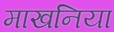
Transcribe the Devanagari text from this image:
माखनिया